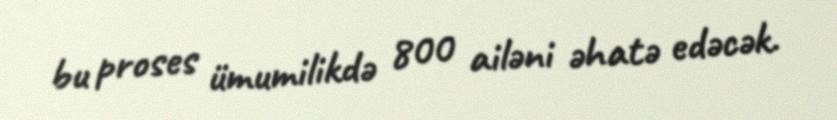
bu proses ümumilikdə 800 ailəni əhatə edəcək.